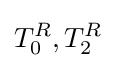
T_{0}^{R},T_{2}^{R}